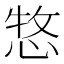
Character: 𢛮